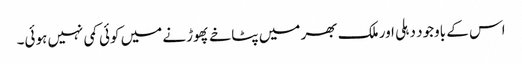
اس کے باوجود دہلی اور ملک بھر میں پٹاخے پھوڑنے میں کوئی کمی نہیں ہوئی۔